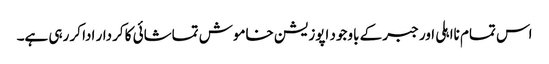
اس تمام نااہلی اور جبر کے باوجود اپوزیشن خاموش تماشائی کا کردار ادا کر رہی ہے۔